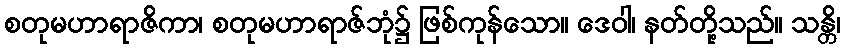
စတုမဟာရာဇိကာ၊ စတုမဟာရာဇ်ဘုံ၌ ဖြစ်ကုန်သော။ ဒေဝါ၊ နတ်တို့သည်။ သန္တိ၊